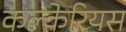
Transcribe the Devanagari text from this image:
कल्केरियस